Leaving Certificate Examination, 1905
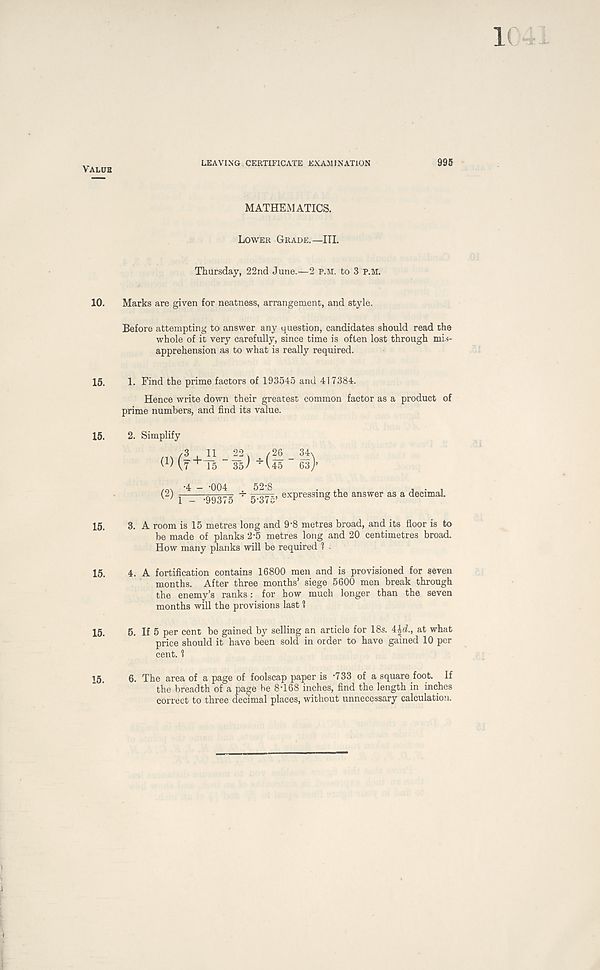
Vamjb
LEAVING CERTIFICATE EXAMINATION
MATHEMATICS.
Lower Grade.—III.
Thursday, 22nd June.—2 p.m. to 3 P.M.
10. Marks are given for neatness, arrangement, and style.
Before attempting to answer any question, candidates should read the
whole of it very carefully, since time is often lost through mis-
apprehension as to what is really required.
15. 1. Find the prime factors of 193545 and 417384.
Hence write down their greatest common factor as a product of
prime numbers, and find its value.
15. 2. Simplify
/ON -4 - -004 . 52-8
. ,,
• ,
(2) 1 _ .99375 ^ 5-37-> expressing the answer as a decimal.
15. 3. A room is 15 metres long and 9 - 8 metres broad, and its floor is to
be made of planks 2-5 metres long and 20 centimetres broad.
How many planks will be required 1 .
15. 4. A fortification contains 16800 men and is provisioned for seven
months. After three months’ siege 5600 men break through
the enemy’s ranks: for how much longer than the seven
months will the provisions last 1
15. 5. If 5 per cent be gained by selling an article for 18s. 4£d., at what
price should it have been sold in order to have gained 10 per
cent. 1
15. 6. The area of a page of foolscap paper is *733 of a square foot. If
the breadth of a page be 8T68 inches, find the length in inches
correct to three decimal places, without unnecessary calculation